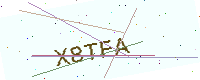
Text: X8TFA